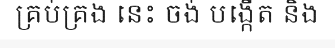
គ្រប់គ្រង នេះ ចង់ បង្កើត និង